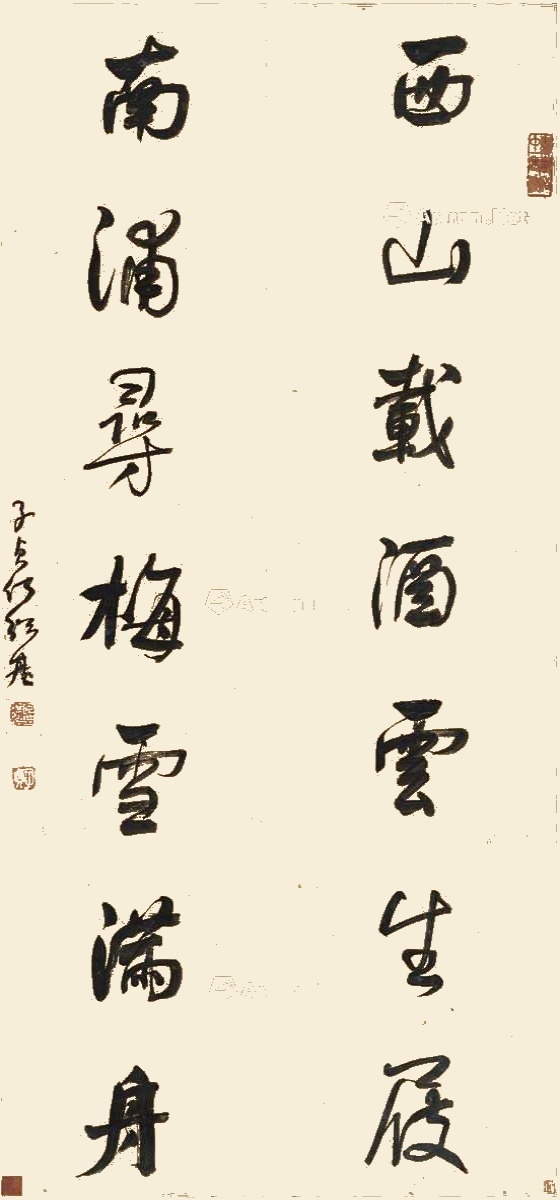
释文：西山载酒云生屐，南浦寻梅雪满舟。子贞何绍基。